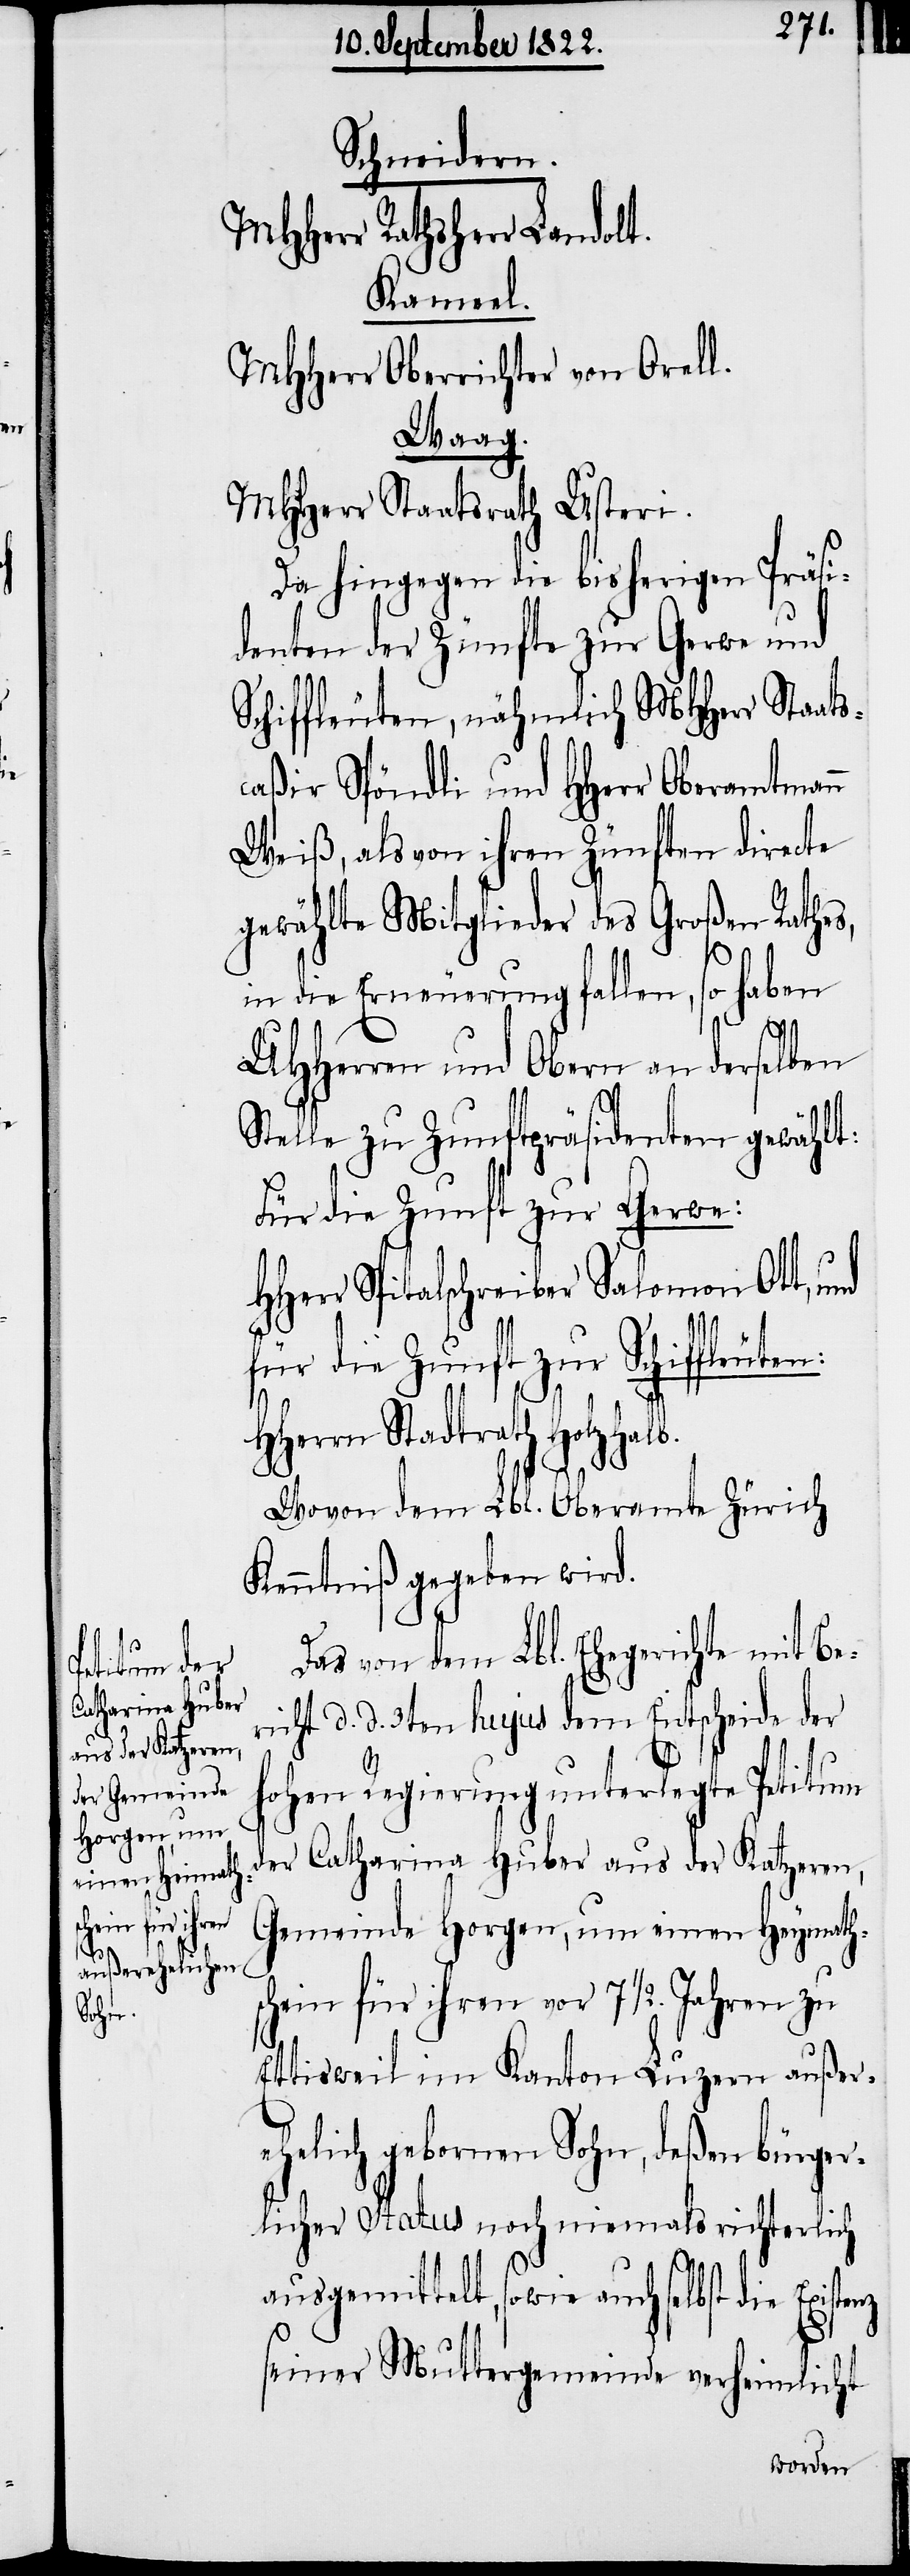
enz

Schneidern.
MHHerr Rathsherr Landolt.
Kameel.
MHHerr Oberrichter von Orell.
Waag.
MHHerr Staatsrath Usteri.
Da hingegen die bisherigen Präsi¬
denten der Zünfte zur Gerwe und
Schiffleuten, nähmlich MHHerr Staats¬
caßir Spöndli und HHerr Oberamtmann
Weiß, als von ihren Zünften directe
gewählte Mitglieder des Großen Rathes,
in die Erneuerung fallen, so haben
UHHerrn und Obern an derselben
Stelle zu Zunftpräsidenten gewählt:
Für die Zunft zur Gerwe:
HHerr Spitalschreiber Salomon Ott, und
für die Zunft zur Schiffle¬
HHeren Stadtrath Holzhal¬
Wovon dem Lbl. Oberamte Zürich
Kenntniß gegeben wird.
Das von dem Lbl. Ehegerichte mit Be¬
richt d. d. 3ten hujus dem Entscheide der
b.
Hohen Regierungen unterlegte Petitum
der Catherina Huber aus der Katzeren,
Gemeinde Horgen, um einen Heymath¬
shein für ihren vor 7 ½ . Jahren zu
Ettisweil im Kanton Luzern außer¬
ehelich geborenen Sohn, deßen bürger¬
licher Status, noch niemals richterlich
ausgemittelt, sowie auch selbst die Exist¬
seiner Muttergemeinde verheimlicht